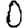
Digit: 0